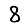
Digit: 8